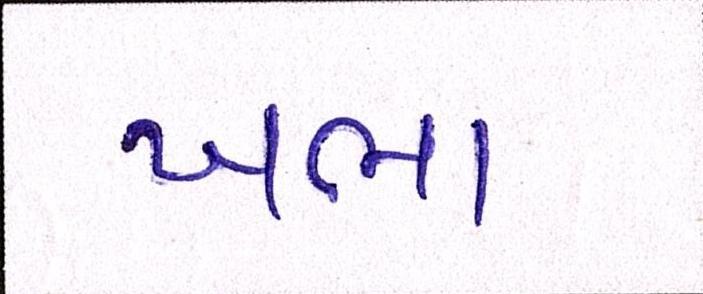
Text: ખભા